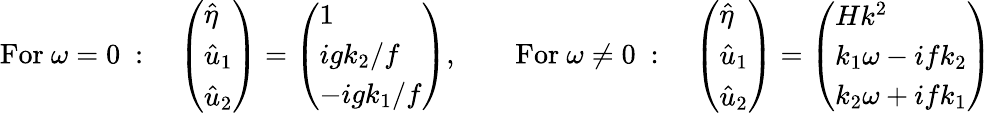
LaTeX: \mathrm{For}\ \omega=0\ :\quad\left(\begin{array}{l}{\hat{\eta}}\\ {\hat{u}_{1}}\\ {\hat{u}_{2}}\end{array}\right)=\left(\begin{array}{l}{1}\\ {igk_{2}/f}\\ {-igk_{1}/f}\end{array}\right),\qquad\mathrm{For}\ \omega\neq 0\ :\quad\left(\begin{array}{l}{\hat{\eta}}\\ {\hat{u}_{1}}\\ {\hat{u}_{2}}\end{array}\right)=\left(\begin{array}{l}{Hk^{2}}\\ {k_{1}\omega-ifk_{2}}\\ {k_{2}\omega+ifk_{1}}\end{array}\right)